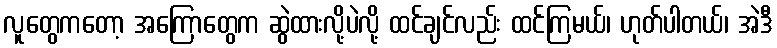
လူတွေကတော့ အကြောတွေက ဆွဲထားလို့ပဲလို့ ထင်ချင်လည်း ထင်ကြမယ်၊ ဟုတ်ပါတယ်၊ အဲဒီ